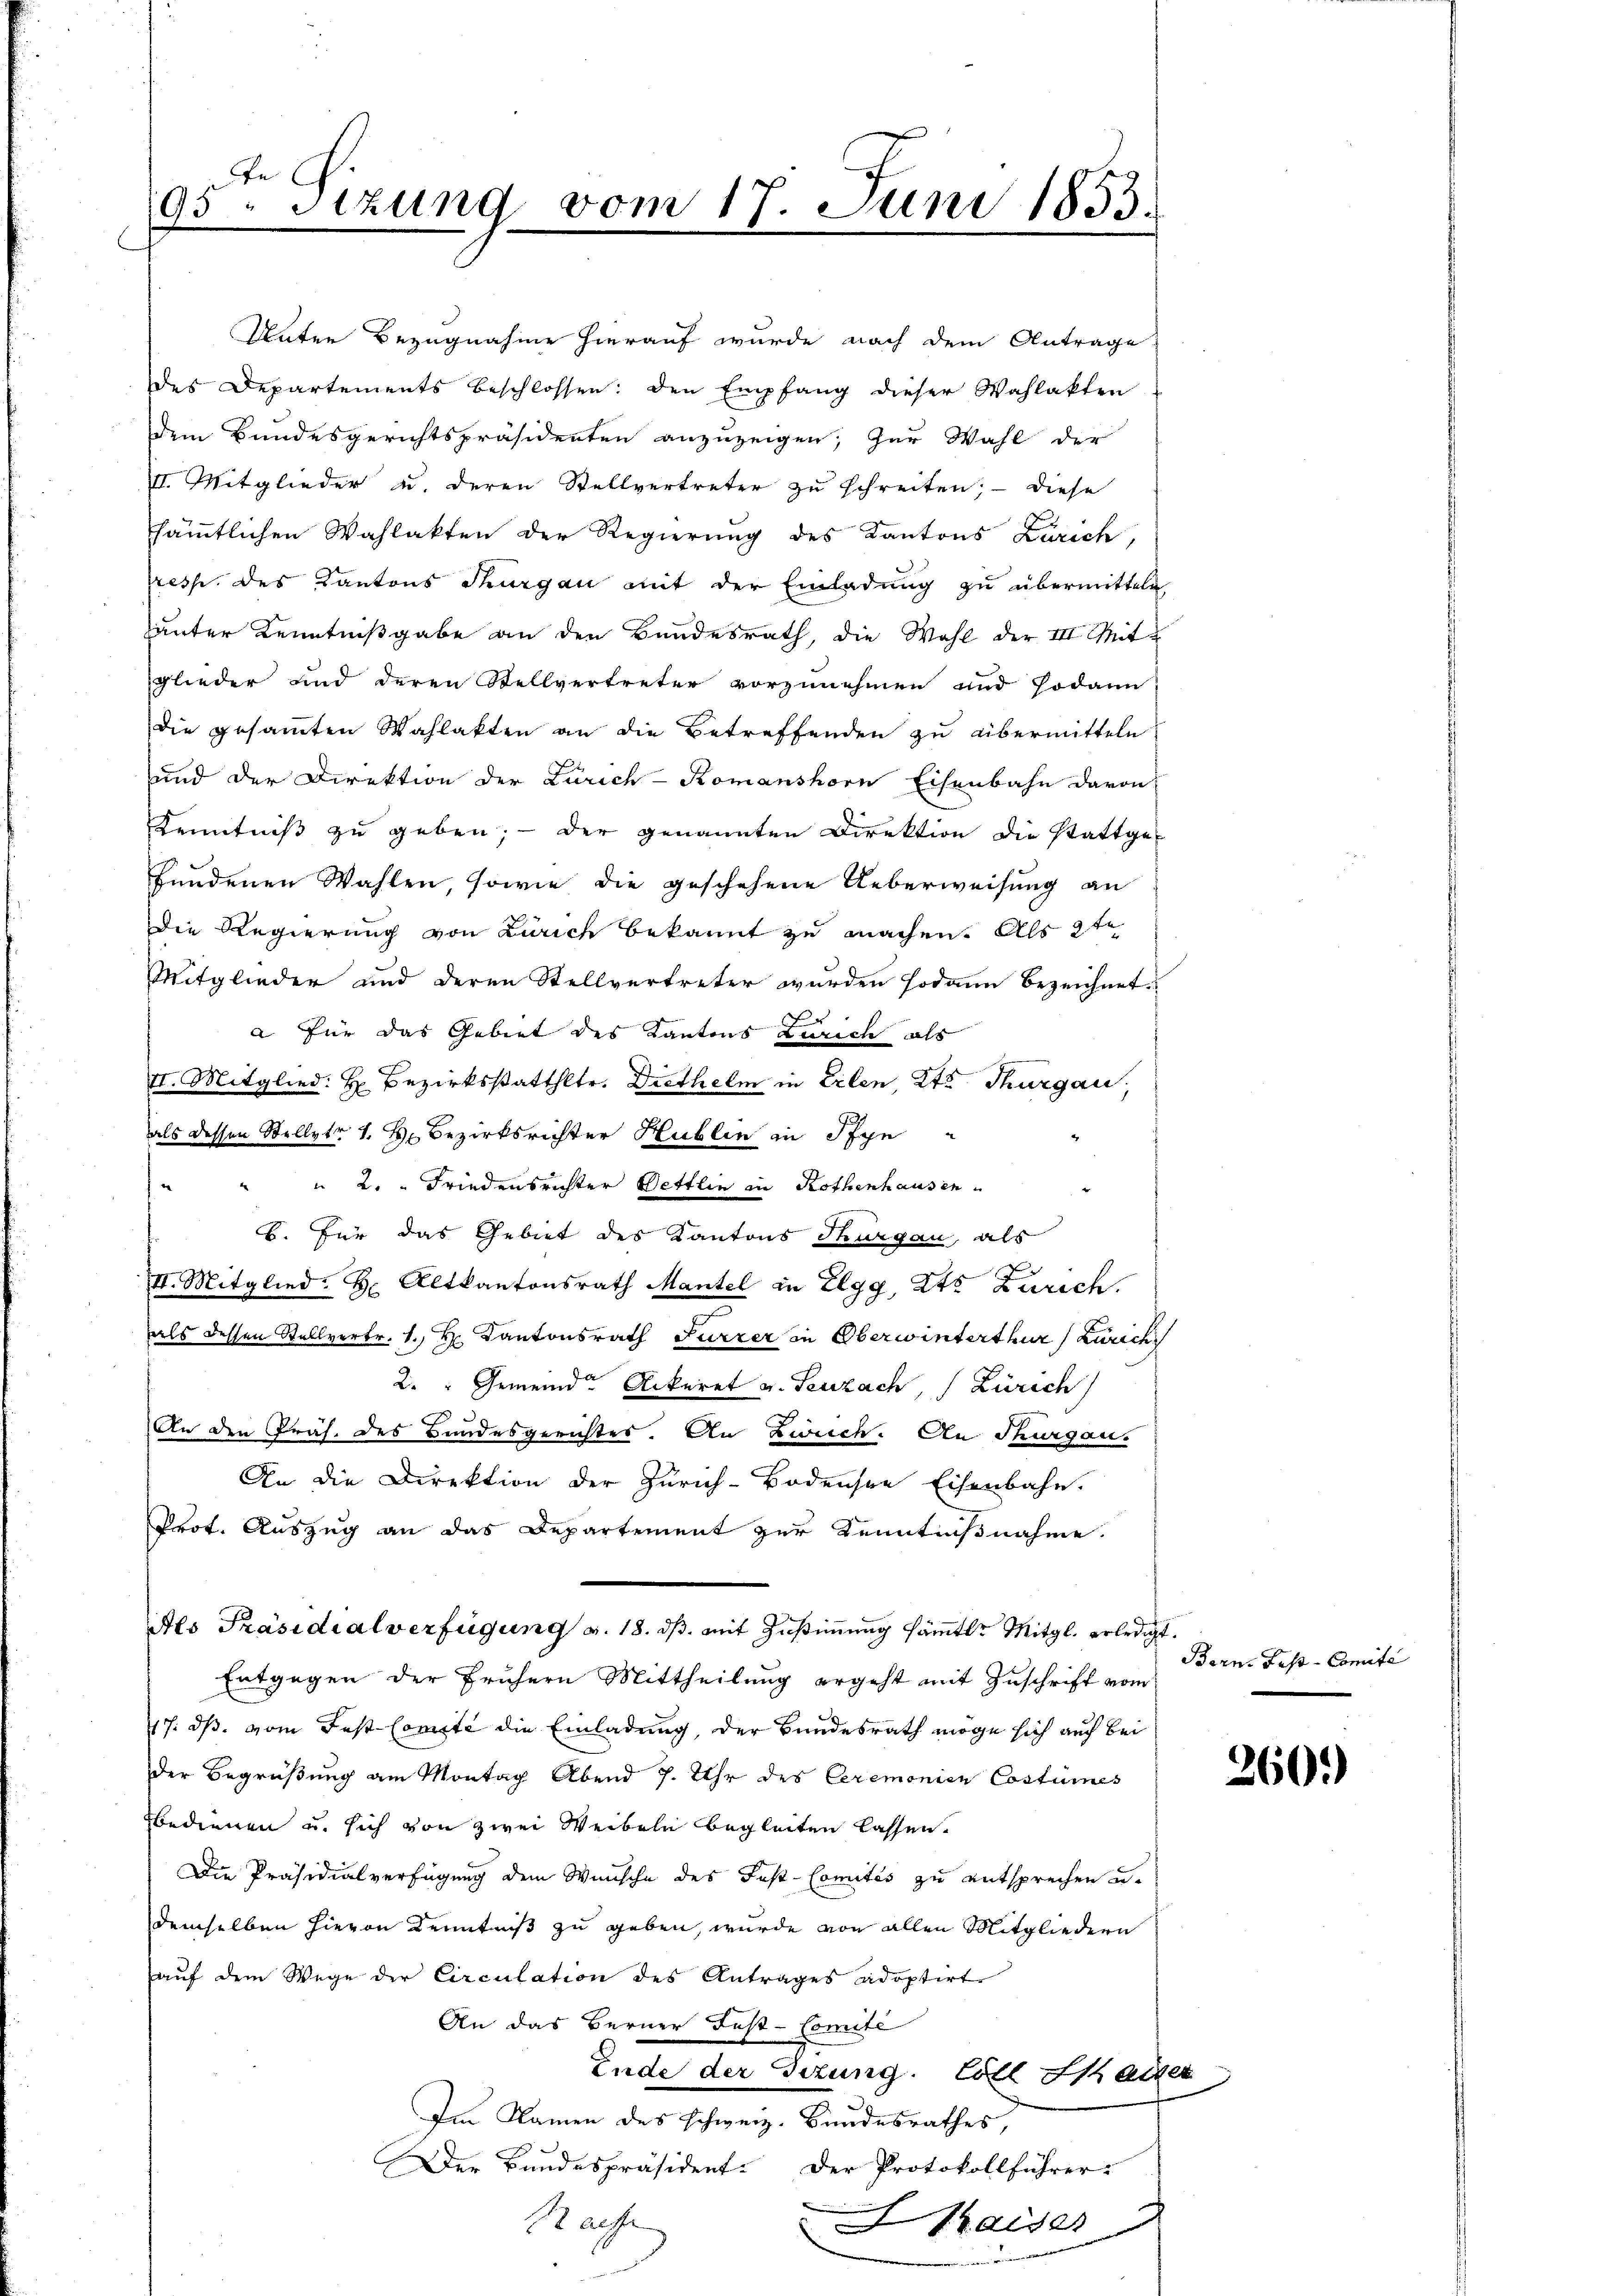
95. Sitzung vom 17. Juni 1853.
e

Unter Bezugnahme hierauf wurde nach dem Antrage
des Departements beschlossen: den Empfang dieser Wahlakten
dem Bundesgerichtspräsidenten anzuzeigen; zur Wahl der
III. Mitglieder u. deren Stellvertreter zu schreiten; - diese
sämmtlichen Wahlakten der Regierung des Kantons Zürich,
rresp. des Kantons Thurgau mit der Einladung zu übermitteln,
unter Kenntnißgabe an den Bundesrath, die Wahl der III Mit-
glieder und deren Stellvertreter vorzunehmen und sodann
die gesammten Wahlakten an die Betreffenden zu übermitteln
und der Direktion der Zürich-Romanshorn Eisenbahn davon
Kenntniß zu geben; — der genannten Direktion die stattge-
fundenen Wahlen, sowie die geschehene Ueberweisung an
Die Regierung von Zürich bekannt zu machen. Als ste
Mitglieder und deren Stellvertreter wurden sodann bezeichnet.
E
a. Für das Gebiet des Kantons Zürich als
II. Mitglied. H. Bezirksstatthltr. Diethelm in Erlen, Kts. Thurgau,
als dessen Stelletr 1. Hr. Bezirksrichter Hublin in Pfyn
" " 2.  Friedensrichter Bettlin in Rothenhausen
B. Für das Gebiet des Kantons Thurgau, als
II. Mitglied. H. Altkantonsrath Mantel in Elgg, Kts Zürich.
als dessen Stellvertr. 1. Hr. Kantonsrath Furrer in Oberwinterthur (Zürich
2. " Gemeinde Ackeret v. Seuzach, (Zürich
An den Präs. des Bundesgerichtes. An Zwuch. An Thurgau.
An die Direktion der Zürich-Bodensee Eisenbahn.
Prot. Auszug an das Departement zur Kenntnißnahme
Als Präsidialverfügung v. 18. ds. mit Zustimmung sämtl. Mitgl. erledigt.
Entgegen der frühern Mittheilung ergeht mit Zuschrift vom
17. ds. vom Fest Comite die Einladung, der Bundesrath möge sich auch bei
der Begrüßung am Montag Abend 7. Uhr des Ceremonien Costumes
bedienen u. sich von zwei Weibeln begleiten lassen.
Die Präsidialverfügung dem Wunsche des Fest-Comites zu entsprechen u.
demselben hievon Kenntniß zu geben, wurde von allen Mitgliedern
auf dem Wege der Circulation des Antrages Adoptirt
An das Berner Just-Comité
Ende der Sitzung. Coll Saiter
Im Namen des schweiz. Bundesrathes,
Der Bundespräsident. Der Protokollführer-
.
Rache
Kaiser
 man vernennen

Bern. Fest-Comité

260.